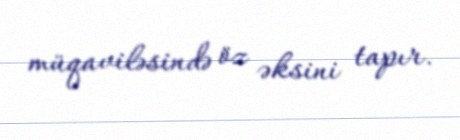
müqaviləsində öz əksini tapır.